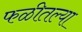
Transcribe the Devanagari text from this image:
फळीतल्या